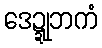
ဒေဍ္ဍုဘကံ